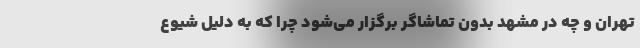
تهران و چه در مشهد بدون تماشاگر برگزار می‌شود چرا که به دلیل شیوع